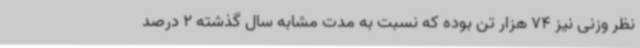
نظر وزنی نیز 74 هزار تن بوده که نسبت به مدت مشابه سال گذشته 2 درصد